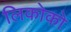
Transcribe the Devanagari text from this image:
लिकोको